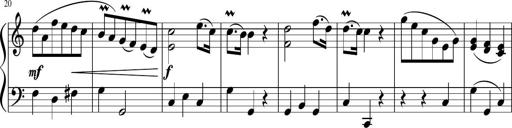
Title: 12 Keyboard Sonatinas
Composer: James Hook